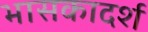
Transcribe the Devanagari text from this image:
भासकादर्श